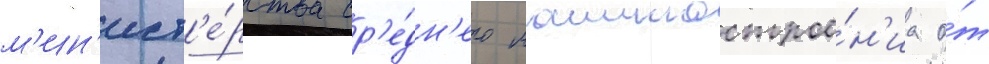
м'ин'ист'е́рства ср'е́дн'его машинострое́н'иа о́т